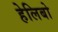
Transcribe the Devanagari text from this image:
हेलिबो